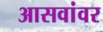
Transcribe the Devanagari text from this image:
आसवांवर